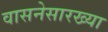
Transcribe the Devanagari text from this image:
वासनेसारख्या